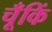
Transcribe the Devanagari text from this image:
चूँकिं